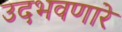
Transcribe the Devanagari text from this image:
उदभवणारे